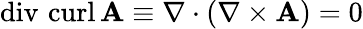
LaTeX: \operatorname{div}\, \operatorname{curl}\mathbf{A}\equiv\nabla\cdot(\nabla\times\mathbf{A})=0